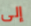
إلى